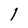
Character: l